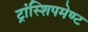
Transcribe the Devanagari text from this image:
ट्रांस्शिपमेण्ट